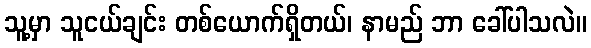
သူ့မှာ သူငယ်ချင်း တစ်ယောက်ရှိတယ်၊ နာမည် ဘာ ခေါ်ပါသလဲ။